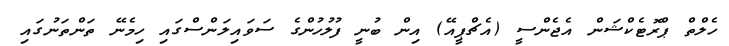
ހެލްތް ޕްރޮޓެކްޝަން އެޖެންސީ (އެޗްޕީއޭ) އިން ބުނީ ފުލުހުންގެ ސަވައިލަންސްގައި ހިމެނޭ ތަންތަނުގައި